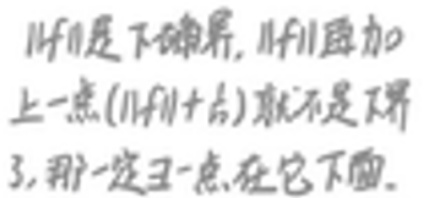
$|f|$是下确界, $|f|$ 再加上一点$(|f|+\varepsilon)$就不是下确界, 那一定 $\exists$ 一点在它下面.